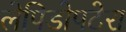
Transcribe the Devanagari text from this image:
लेपिडोपटेरा